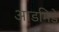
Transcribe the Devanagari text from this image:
आडमिडे